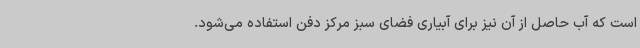
است که آب حاصل از آن نیز برای آبیاری فضای سبز مرکز دفن استفاده می‌شود.